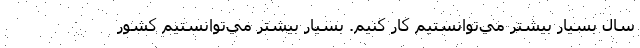
سال بسيار بيشتر مي‌توانستيم كار كنيم. بسيار بيشتر مي‌توانستيم كشور